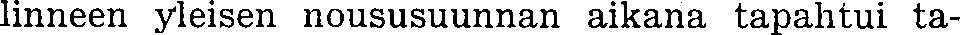
linneen yleisen noususuunnan aikana tapahtui ta-